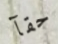
حقآ